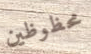
محظوظين